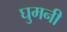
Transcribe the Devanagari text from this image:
घुमनी